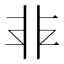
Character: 𩇧